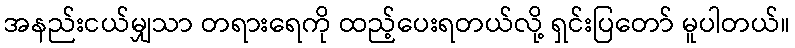
အနည်းငယ်မျှသာ တရားရေကို ထည့်ပေးရတယ်လို့ ရှင်းပြတော် မူပါတယ်။